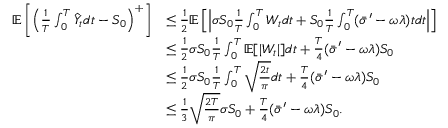
\begin{array} { r l } { \mathbb { E } \left[ \left( \frac { 1 } { T } \int _ { 0 } ^ { T } \hat { Y } _ { t } d t - S _ { 0 } \right) ^ { + } \right] } & { \leq \frac { 1 } { 2 } \mathbb { E } \left[ \left| \sigma S _ { 0 } \frac { 1 } { T } \int _ { 0 } ^ { T } { W } _ { t } d t + S _ { 0 } \frac { 1 } { T } \int _ { 0 } ^ { T } ( \bar { \sigma } ^ { \prime } - \omega \lambda ) t d t \right| \right] } \\ & { \leq \frac { 1 } { 2 } \sigma S _ { 0 } \frac { 1 } { T } \int _ { 0 } ^ { T } \mathbb { E } [ | { W } _ { t } | ] d t + \frac { T } { 4 } ( \bar { \sigma } ^ { \prime } - \omega \lambda ) S _ { 0 } } \\ & { \leq \frac { 1 } { 2 } \sigma S _ { 0 } \frac { 1 } { T } \int _ { 0 } ^ { T } \sqrt { \frac { 2 t } { \pi } } d t + \frac { T } { 4 } ( \bar { \sigma } ^ { \prime } - \omega \lambda ) S _ { 0 } } \\ & { \leq \frac { 1 } { 3 } \sqrt { \frac { 2 T } { \pi } } \sigma S _ { 0 } + \frac { T } { 4 } ( \bar { \sigma } ^ { \prime } - \omega \lambda ) S _ { 0 } . } \end{array}